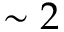
\sim 2